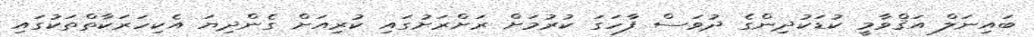
ބައިނަލް އަޤްވާމީ ކުޑަކުދިންގެ ދުވަސް ފާހަގަ ކުރުމަށް ރަށްރަށުގައި ކުރިއަށް ގެންދިޔަ އެކިހަރަކާތްތަކުގައި